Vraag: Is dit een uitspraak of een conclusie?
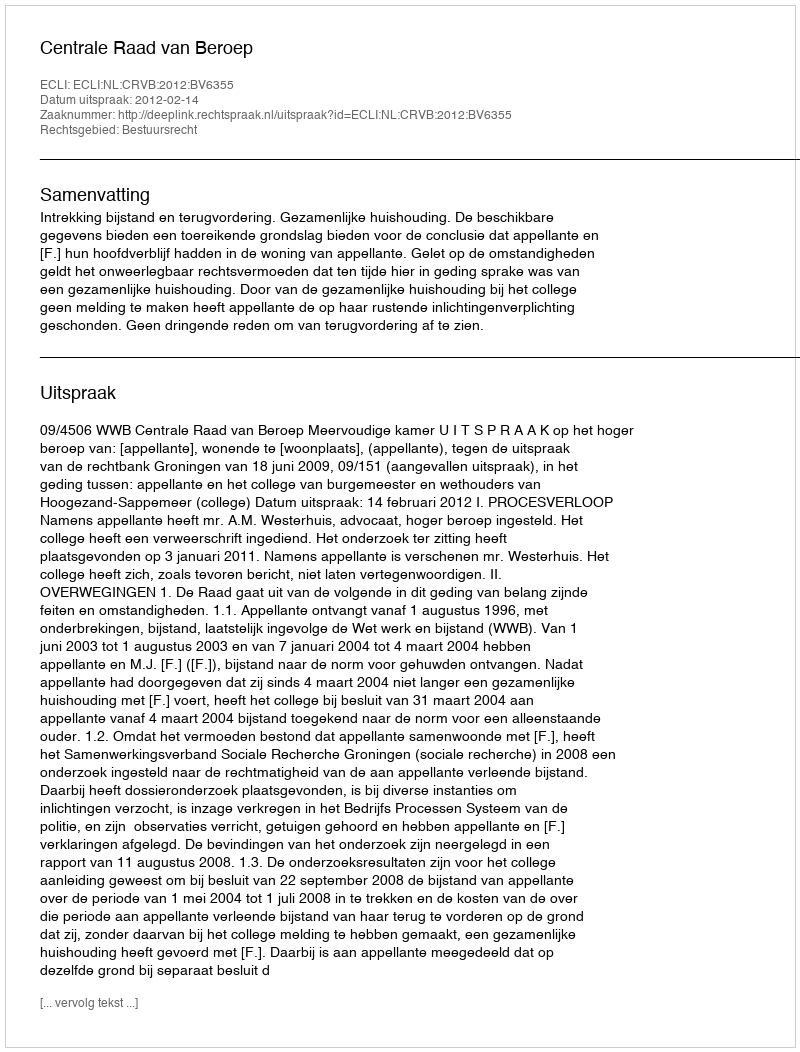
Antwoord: Uitspraak